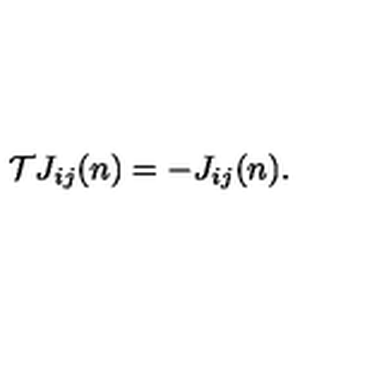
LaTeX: { \cal T } J _ { i j } ( n ) = - J _ { i j } ( n ) .